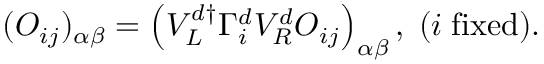
( { \cal O } _ { i j } ) _ { \alpha \beta } = \left( V _ { L } ^ { d \dagger } \Gamma _ { i } ^ { d } V _ { R } ^ { d } O _ { i j } \right) _ { \alpha \beta } , \; ( i \; \mathrm { f i x e d } ) .